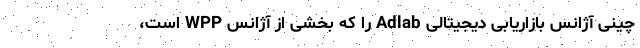
چینی آژانس بازاریابی دیجیتالی Adlab را که بخشی از آژانس WPP است،